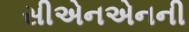
સીએનએનની